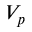
V _ { p }